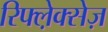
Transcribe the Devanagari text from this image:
रिफ्ल़ेक्सेज़